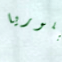
جلوريا